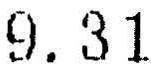
9.31